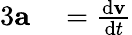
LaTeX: \begin{array}{rl}{{3}\mathbf{a}}&{{}={\frac{\mathrm{d}\mathbf{v}}{\mathrm{d}t}}}\end{array}